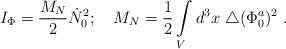
LaTeX: \begin{align*}I_{\Phi}=\frac{M_N}{2}{\dot N}_0^2 ;~~~M_N=\frac 1 2\int\limits_{V}d^3x ~\triangle (\Phi^a_0)^2~.\end{align*}